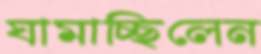
ঘামাচ্ছিলেন